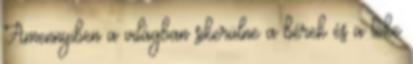
Amennyiben a világban sikerülne a bérek és a tőke